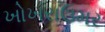
ખોખરાઉમર